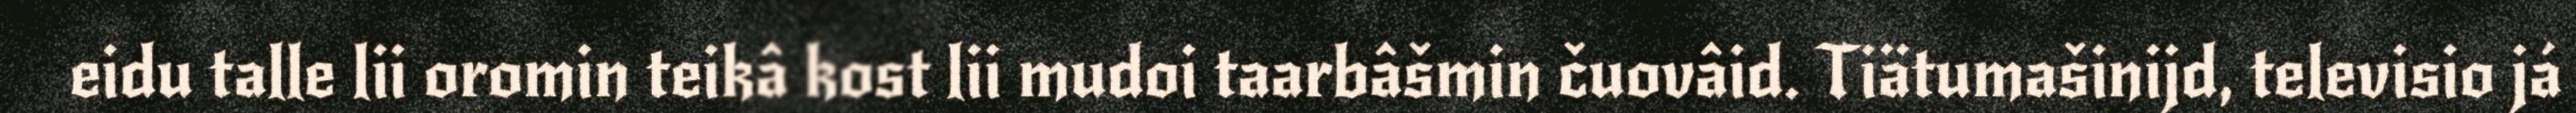
eidu talle lii oromin teikâ kost lii mudoi taarbâšmin čuovâid. Tiätumašinijd, televisio já